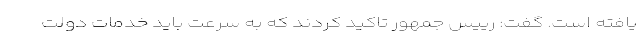
یافته است. گفت: رییس جمهور تاکید کردند که به سرعت باید خدمات دولت